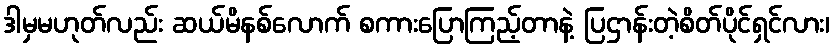
ဒါမှမဟုတ်လည်း ဆယ်မိနစ်လောက် စကားပြောကြည့်တာနဲ့ ပြဌာန်းတဲ့စိတ်ပိုင်ရှင်လား၊